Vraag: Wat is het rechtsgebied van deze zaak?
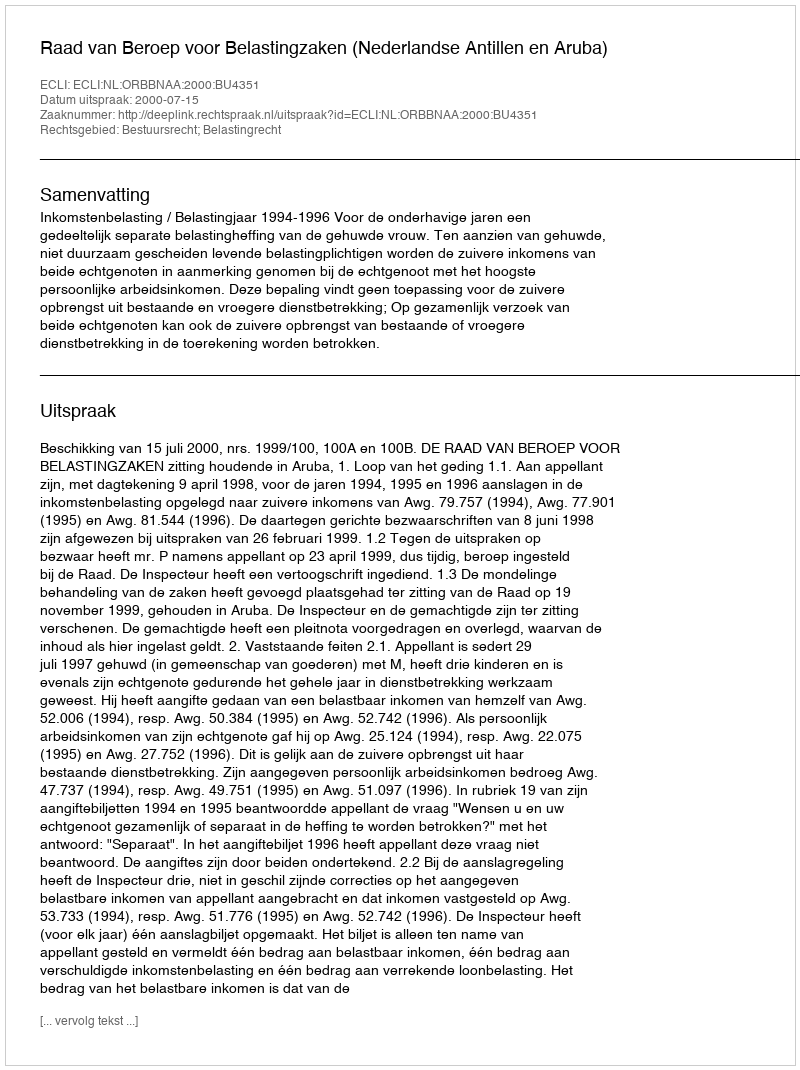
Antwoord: Bestuursrecht; Belastingrecht